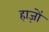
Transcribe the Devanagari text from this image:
हाज़ों